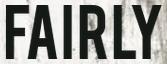
FAIRLY